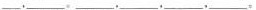
___,___.___,___,___,___.